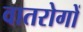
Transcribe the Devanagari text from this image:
वातरोगों